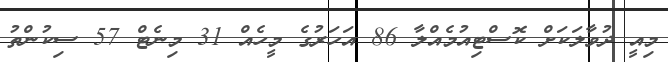
މިއީ ދުވާލަކަށް ކޮސްޓިއުމެއްލާ 86 އަހަރުގެ މީހެއް 31 މިނެޓް 57 ސިކުންތު